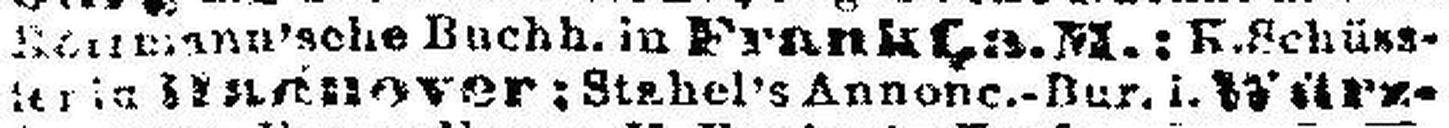
teria Hannover; Stahel's Annone.-flur. i. Würz¬